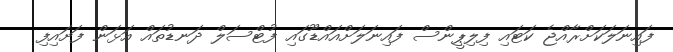
ފައިނަލަކަށްރާއްޖެ ކަޓައި ފިލިޕީންސް ފައިނަލަށްއައްޑޫގައި ފުޓްސަލް ދަނޑުތައް އަޅަން ފަށައިފި